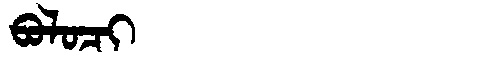
Manchu: ᠪᠣᠯᠣᠴᡳ
Romanization: BOLOCI